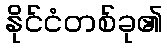
နိုင်ငံတစ်ခု၏